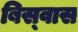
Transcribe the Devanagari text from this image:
बिस्‍वास